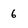
Character: 6